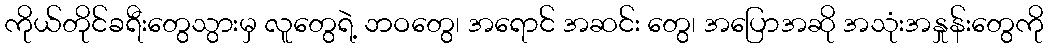
ကိုယ်တိုင်ခရီးတွေသွားမှ လူတွေရဲ့ ဘဝတွေ၊ အရောင် အဆင်း တွေ၊ အပြောအဆို အသုံးအနှုန်းတွေကို